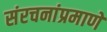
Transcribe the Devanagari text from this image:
संरचनांप्रमाणे